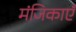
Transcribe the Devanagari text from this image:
मंजिकाएँ